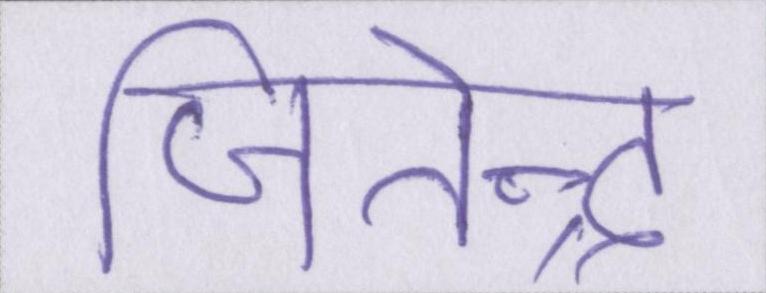
जितेन्द्र